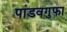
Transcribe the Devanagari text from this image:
पांडवगुफा